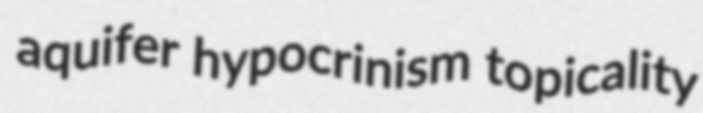
aquifer hypocrinism topicality